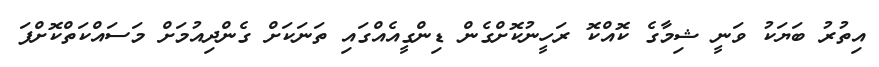
އިތުރު ބަޔަކު ވަނީ ޝިމާގެ ކޮއްކޮ ރަހީނުކޮށްގެން ޑިންގީއެއްގައި ތަނަކަށް ގެންދިއުމަށް މަސައްކަތްކޮށްފަ